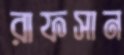
রাফসান